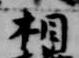
相